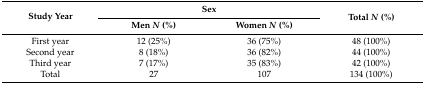
<table><thead><tr><td rowspan="2"><b>Study Year</b></td><td colspan="2"><b>Sex</b></td><td rowspan="2"><b>Total <i>N</i> (%)</b></td></tr><tr><td><b>Men <i>N</i> (%)</b></td><td><b>Women <i>N</i> (%)</b></td></tr></thead><tbody><tr><td>First year</td><td>12 (25%)</td><td>36 (75%)</td><td>48 (100%)</td></tr><tr><td>Second year</td><td>8 (18%)</td><td>36 (82%)</td><td>44 (100%)</td></tr><tr><td>Third year</td><td>7 (17%)</td><td>35 (83%)</td><td>42 (100%)</td></tr><tr><td>Total</td><td>27</td><td>107</td><td>134 (100%)</td></tr></tbody></table>